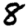
Digit: 8